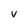
Character: v